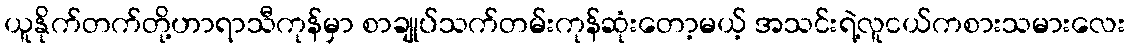
ယူနိုက်တက်တို့ဟာရာသီကုန်မှာ စာချုပ်သက်တမ်းကုန်ဆုံးတော့မယ့် အသင်းရဲ့လူငယ်ကစားသမားလေး